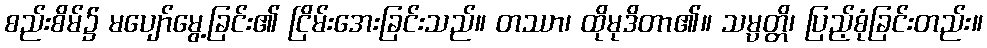
စည်းစိမ်၌ မပျော်မွေ့ခြင်း၏ ငြိမ်းအေးခြင်းသည်။ တဿာ၊ ထိုမုဒိတာ၏။ သမ္ပတ္တိ၊ ပြည့်စုံခြင်းတည်း။